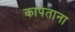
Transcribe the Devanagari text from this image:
कापताना